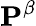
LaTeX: \mathbf{P}^{\beta}